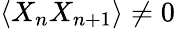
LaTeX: \langle X_{n}X_{n+1}\rangle\neq 0